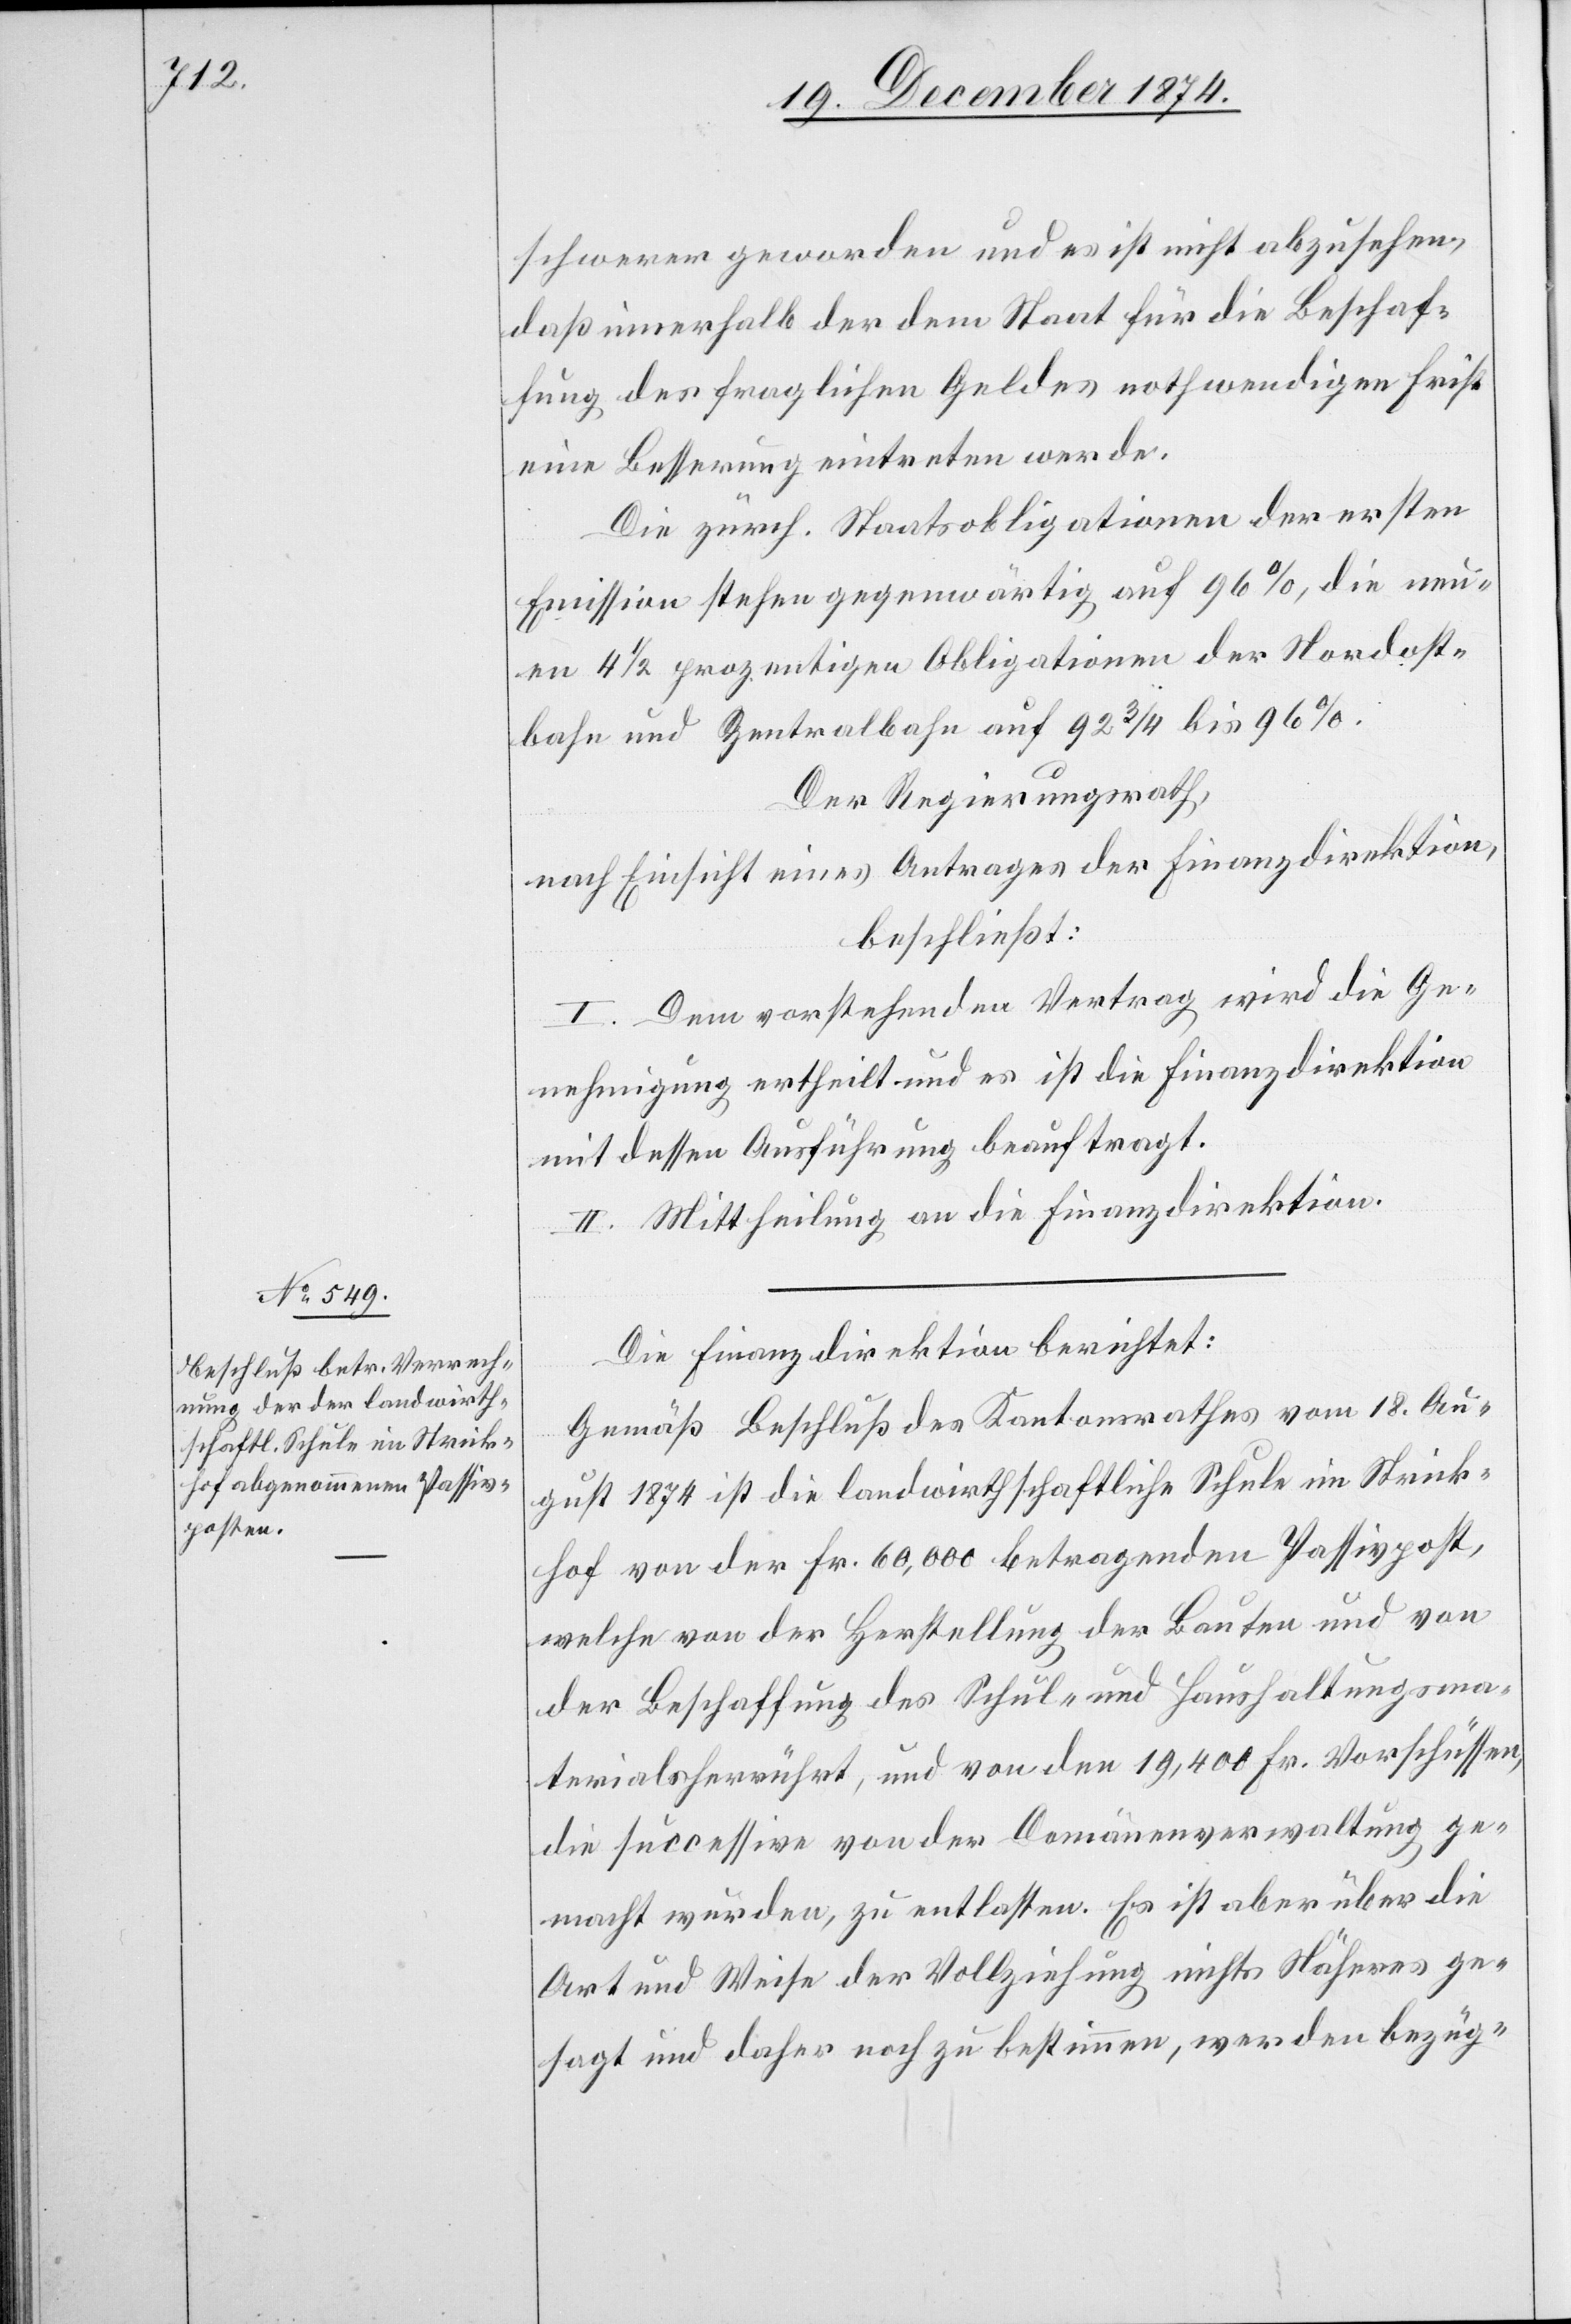
schwerer geworden und es ist nicht abzusehen,
daß innerhalb der dem Staat für die Beschaf¬
fung des fraglichen Geldes nothwendigen Frist
eine Besserung eintreten werde.
Die zürch. Staatsobligationen der ersten
Emission stehen gegenwärtige auf 96%, die neu¬
en 4 1/2 prozentigen Obligationen der Nordost¬
bahn und Zentralbahn auf 92 3/4 bis 96%.
Der Regierungsrath,
nach Einsicht eines Antrages der Finanzdirektion,
beschließt:
I. Dem vorstehenden Vertrag wird die Ge¬
nehmigung ertheilt und es ist die Finanzdirektion
mit dessen Ausführung beauftragt.
II. Mittheilung an die Finanzdirektion.
Die Finanzdirektion berichtet:
Gemäß Beschluß des Kantonsrathes vom 18. Au¬
gust 1874 ist die landwirthschaftliche Schule im Strick¬
hof von der Fr. 60,000 betragenden Passivpost,
welche von der Herstellung der Bauten und von
der Beschaffung des Schul- und Haushaltungsma¬
terials herrührt, und von den 19,400 Fr. Vorschüssen,
die successive von der Domänenverwaltung ge¬
macht wurden, zu entlasten. Es ist aber über die
Art und Weise der Vollziehung nichts Näheres ge¬
sagt und daher noch zu bestimmen, wer den bezüg-